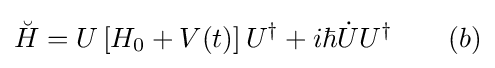
{\breve {H}}=U\left[H_{0}+V(t)\right]U^{\dagger }+i\hbar {\dot {U}}U^{\dagger }\quad \quad (b)